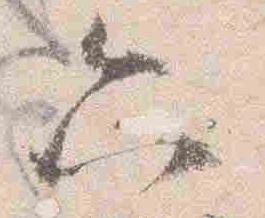
六